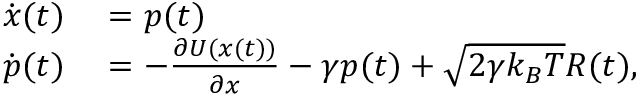
\begin{array} { r l } { \dot { \ensuremath { \boldsymbol { { x } } } } ( t ) } & { { } = { \ensuremath { \boldsymbol { p } } ( t ) } } \\ { \dot { \ensuremath { \boldsymbol { p } } } ( t ) } & { { } = - \frac { \partial U ( \ensuremath { \boldsymbol { { x } } } ( t ) ) } { \partial \ensuremath { \boldsymbol { { x } } } } - \gamma \ensuremath { \boldsymbol { p } } ( t ) + \sqrt { 2 \gamma k _ { B } T } \ensuremath { \boldsymbol { R } } ( t ) , } \end{array}